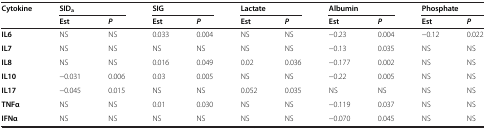
<table><thead><tr><td><b>Cytokine</b></td><td colspan="2"><b>SID<sub>a</sub></b></td><td colspan="2"><b>SIG</b></td><td colspan="2"><b>Lactate</b></td><td colspan="2"><b>Albumin</b></td><td colspan="2"><b>Phosphate</b></td></tr><tr><td><b> </b></td><td><b>Est</b></td><td><b><i>P</i></b></td><td><b>Est</b></td><td><b><i>P</i></b></td><td><b>Est</b></td><td><b><i>P</i></b></td><td><b>Est</b></td><td><b><i>P</i></b></td><td><b>Est</b></td><td><b><i>P</i></b></td></tr></thead><tbody><tr><td><b>IL6</b></td><td>NS</td><td>NS</td><td>0.033</td><td>0.004</td><td>NS</td><td>NS</td><td>-0.23</td><td>0.004</td><td>-0.12</td><td>0.022</td></tr><tr><td><b>IL7</b></td><td>NS</td><td>NS</td><td>NS</td><td>NS</td><td>NS</td><td>NS</td><td>-0.13</td><td>0.035</td><td>NS</td><td>NS</td></tr><tr><td><b>IL8</b></td><td>NS</td><td>NS</td><td>0.016</td><td>0.049</td><td>0.02</td><td>0.036</td><td>-0.177</td><td>0.002</td><td>NS</td><td>NS</td></tr><tr><td><b>IL10</b></td><td>-0.031</td><td>0.006</td><td>0.03</td><td>0.005</td><td>NS</td><td>NS</td><td>-0.22</td><td>0.005</td><td>NS</td><td>NS</td></tr><tr><td><b>IL17</b></td><td>-0.045</td><td>0.015</td><td>NS</td><td>NS</td><td>0.052</td><td>0.035</td><td>NS</td><td>NS</td><td>NS</td><td>NS</td></tr><tr><td><b>TNFα</b></td><td>NS</td><td>NS</td><td>0.01</td><td>0.030</td><td>NS</td><td>NS</td><td>-0.119</td><td>0.037</td><td>NS</td><td>NS</td></tr><tr><td><b>IFNα</b></td><td>NS</td><td>NS</td><td>NS</td><td>NS</td><td>NS</td><td>NS</td><td>-0.070</td><td>0.045</td><td>NS</td><td>NS</td></tr></tbody></table>